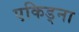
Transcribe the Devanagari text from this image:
एकिड्ना